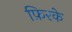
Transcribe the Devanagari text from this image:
फ़िरके